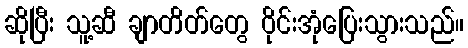
ဆိုပြီး သူ့ဆီ ချာတိတ်တွေ ဝိုင်းအုံပြေးသွားသည်။